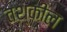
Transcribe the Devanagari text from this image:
तश्कील